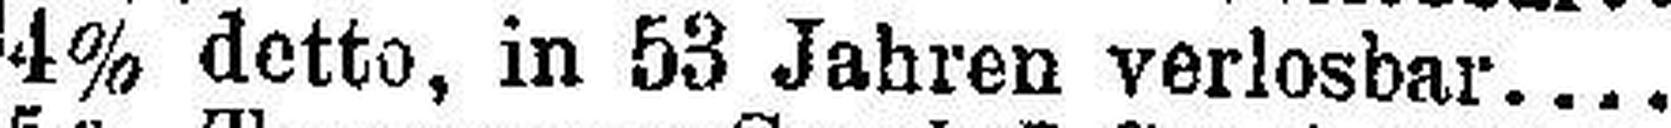
4% detto, in 53 Jahren verlosbar.....